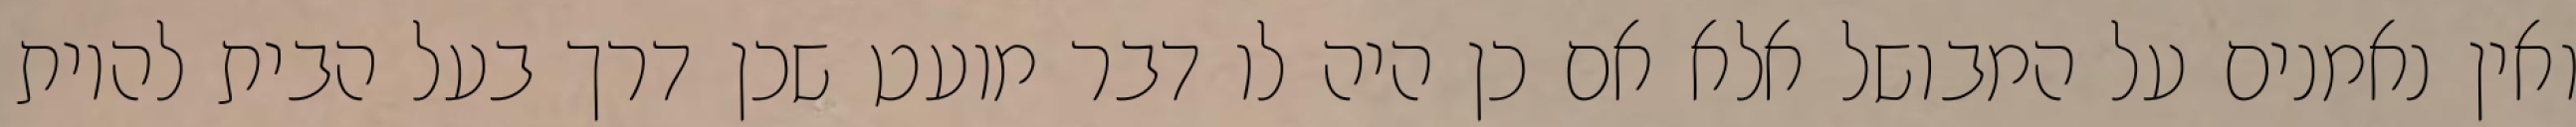
ואין נאמנים על המבושל אלא אם כן היה לו דבר מועט שכן דרך בעל הבית להיות